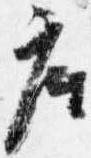
座